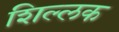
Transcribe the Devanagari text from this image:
शिल्‍लक